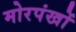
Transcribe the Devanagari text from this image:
मोरपंखों